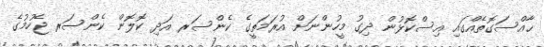
ޙާއްސަގޮތެއްގައި އިސްކޮޅުން ދިގު މީހުންނަށް އުރަމަތީގެ ކެންސަރ އަދި ކޮލޮން ކެންސަރ ޖެހުމުގެ